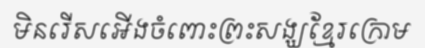
មិនរើសអើងចំពោះព្រះសង្ឃខ្មែរក្រោម